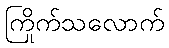
ကြိုက်သလောက်